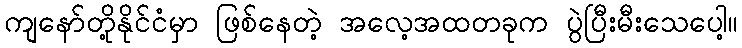
ကျနော်တို့နိုင်ငံမှာ ဖြစ်နေတဲ့ အလေ့အထတခုက ပွဲပြီးမီးသေပေါ့။